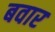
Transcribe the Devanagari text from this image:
बवार